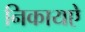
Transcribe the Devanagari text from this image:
निकायऐ